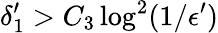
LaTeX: \delta_{1}^{\prime}>C_{3}\log^{2}(1/\epsilon^{\prime})